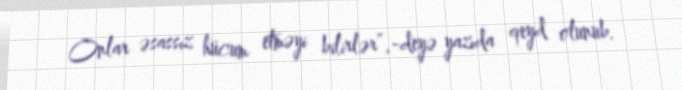
Onlar əsassız hücum etməyi bilirlər”,-deyə yazıda qeyd olunub.